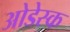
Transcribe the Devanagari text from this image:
ओडेस्क